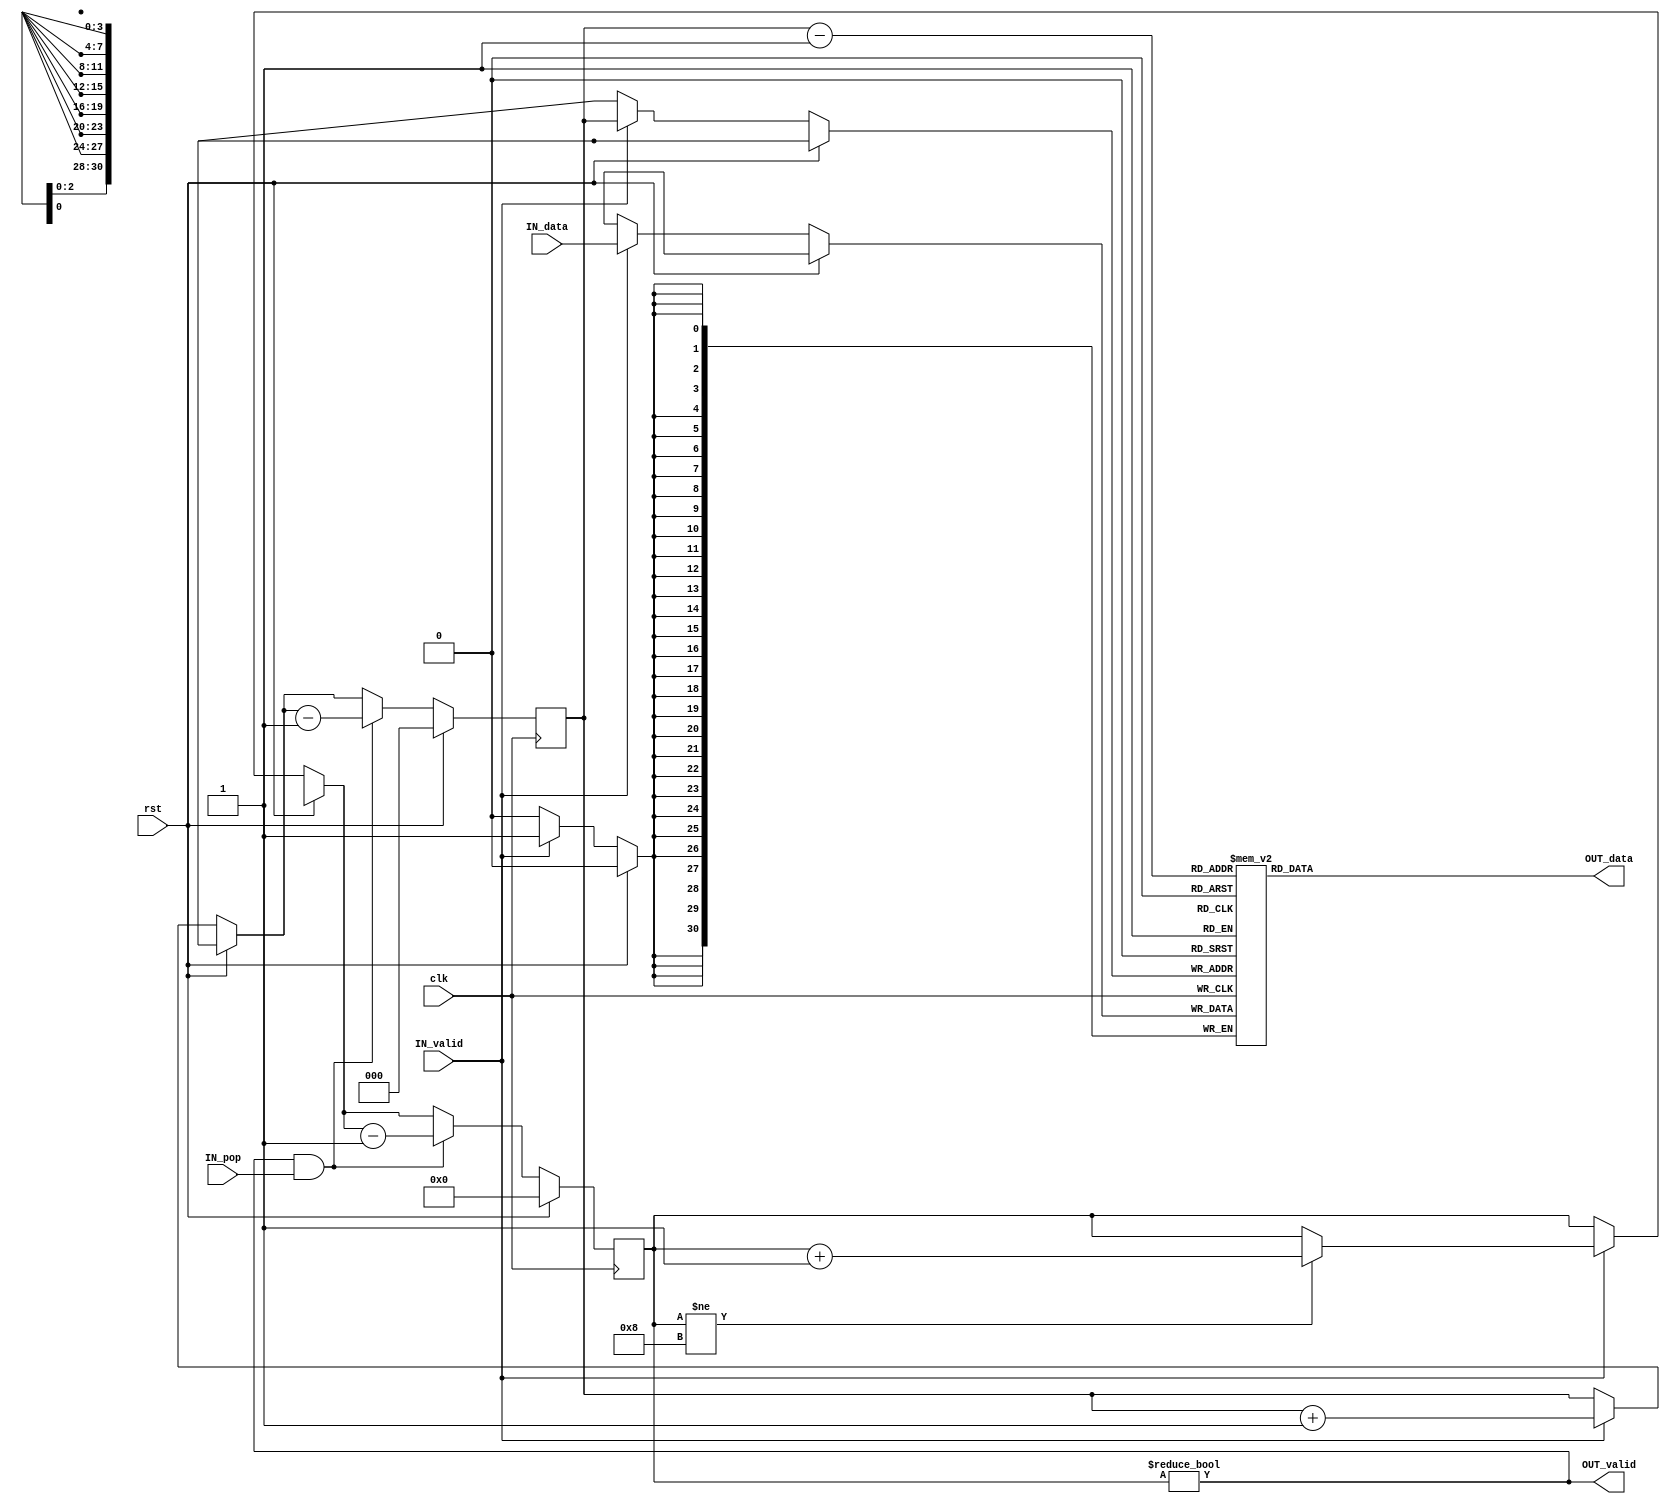
module ReturnStack (
	clk,
	rst,
	IN_valid,
	IN_data,
	OUT_valid,
	IN_pop,
	OUT_data
);
	parameter NUM_ENTRIES = 8;
	input wire clk;
	input wire rst;
	input wire IN_valid;
	input wire [30:0] IN_data;
	output reg OUT_valid;
	input wire IN_pop;
	output reg [30:0] OUT_data;
	reg [30:0] stack [NUM_ENTRIES - 1:0];
	reg [$clog2(NUM_ENTRIES) - 1:0] index;
	reg [$clog2(NUM_ENTRIES):0] numFilled;
	always @(*) begin
		OUT_valid = numFilled != 0;
`ifdef __ICARUS__
		OUT_data = stack[index - 3'b1];
`else
		OUT_data = stack[index - 1];
`endif

	end
	always @(posedge clk)
		if (rst) begin
			index = 0;
			numFilled = 0;
		end
		else begin
			if (IN_valid) begin
				stack[index] <= IN_data;
				index = index + 1;
				if (numFilled != NUM_ENTRIES)
					numFilled = numFilled + 1;
			end
			if (OUT_valid && IN_pop) begin
				index = index - 1;
				numFilled = numFilled - 1;
			end
		end
endmodule